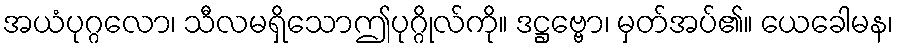
အယံပုဂ္ဂလော၊ သီလမရှိသောဤပုဂ္ဂိုလ်ကို။ ဒဋ္ဌဗ္ဗော၊ မှတ်အပ်၏။ ယေခေါမန၊